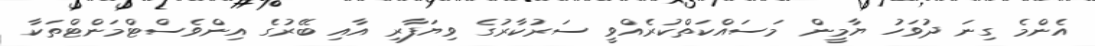
އެންމެ ގިނަ ދުވަހު ޔާމީން މަސައްކަތްކުރެއްވީ ސަރުކާރުގެ ވިޔަފާރި އާއި ބޭރުގެ އިންވެސްޓްމަންޓްތަކާ